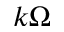
k \Omega